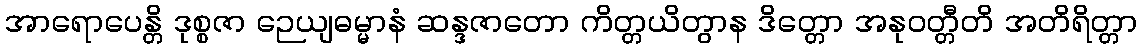
အာရောပေန္တိ ဒုစ္စဇာ ဉေယျဓမ္မာနံ ဆန္ဒဇာတော ကိတ္တယိတွာန ဒိတ္တော အနုဝတ္တီတိ အတိရိတ္တာ